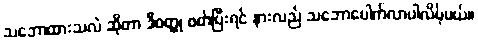
သဘောထားသလဲ ဆိုတာ ဒီဝတ္ထု ဖတ်ပြီးရင် နားလည် သဘောပေါက်လာပါလိမ့်မယ်။